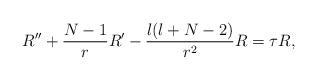
LaTeX: \begin{align*}R''+\frac{N-1}{r}R'-\frac{l(l+N-2)}{r^2}R=\tau R,\end{align*}